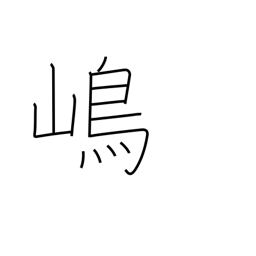
Meaning: island